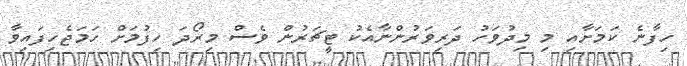
ހިފާނެ ކަމަށާއި މި މިދުވަހު ދަރިވަރުންނާއެކު ޓީޗަރުން ވެސް މިރޯދަ ހިފުމަށް ހަމަޖެހިފައިވާ